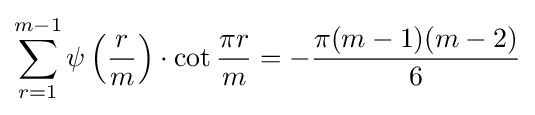
\sum _{r=1}^{m-1}\psi \left({\frac {r}{m}}\right)\cdot \cot {\frac {\pi r}{m}}=-{\frac {\pi (m-1)(m-2)}{6}}